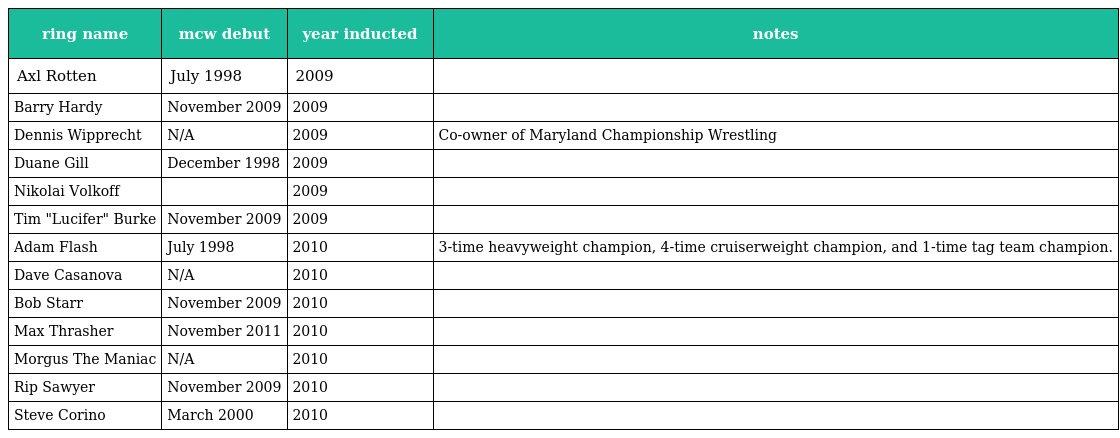
| ring name | mcw debut | year inducted | notes |
 | --- | --- | --- | --- |
 | Axl Rotten | July 1998 | 2009 |  |
 | Barry Hardy | November 2009 | 2009 |  |
 | Dennis Wipprecht | N/A | 2009 | Co-owner of Maryland Championship Wrestling |
 | Duane Gill | December 1998 | 2009 |  |
 | Nikolai Volkoff |  | 2009 |  |
 | Tim "Lucifer" Burke | November 2009 | 2009 |  |
 | Adam Flash | July 1998 | 2010 | 3-time heavyweight champion, 4-time cruiserweight champion, and 1-time tag team champion. |
 | Dave Casanova | N/A | 2010 |  |
 | Bob Starr | November 2009 | 2010 |  |
 | Max Thrasher | November 2011 | 2010 |  |
 | Morgus The Maniac | N/A | 2010 |  |
 | Rip Sawyer | November 2009 | 2010 |  |
 | Steve Corino | March 2000 | 2010 |  |